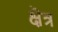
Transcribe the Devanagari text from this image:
क्षॆत्र